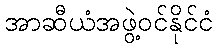
အာဆီယံအဖွဲ့ဝင်နိုင်ငံ